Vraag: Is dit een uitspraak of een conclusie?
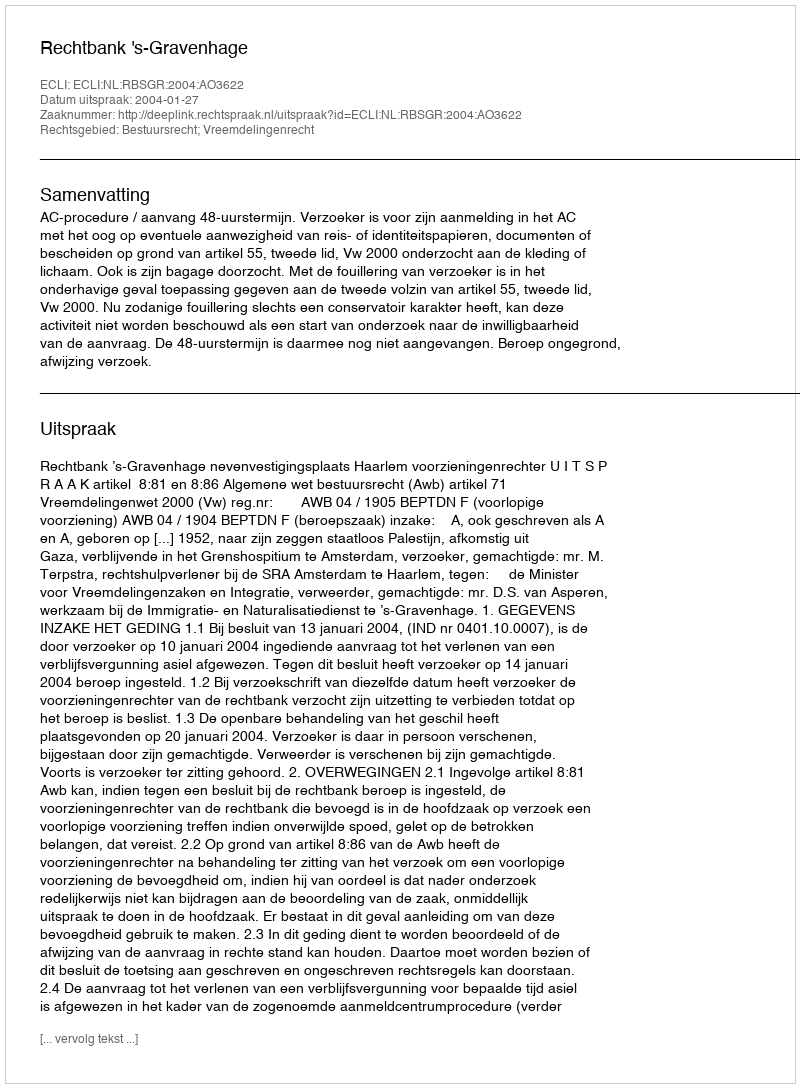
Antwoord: Uitspraak